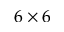
6 \times 6